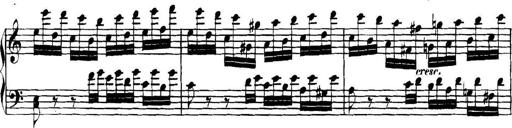
Title: Collected Piano Sonatas
Composer: Muzio Clementi